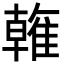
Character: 雗